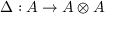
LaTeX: \Delta : A \rightarrow A \otimes A